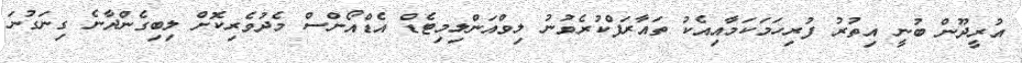
އުރީދޫން ބުނީ އިތުރު ފުރިހަމަކަމާއިއެކު ތައާރަފްކުރެވުނު ލިވްއަންލިމިޓެޑް އެޑްއޯންސް މެދުވެރިކޮށް ލިބިގެންދާނެ ގިނަގުނަ